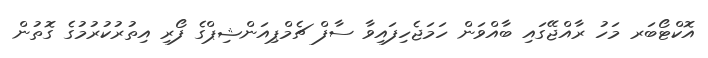
އޮކްޓޯބަރ މަހު ރާއްޖޭގައި ބާއްވަން ހަމަޖެހިފައިވާ ސާފް ޗެމްޕިއަންޝިޕްގެ ފޯރި އިތުރުކުރުމުގެ ގޮތުން